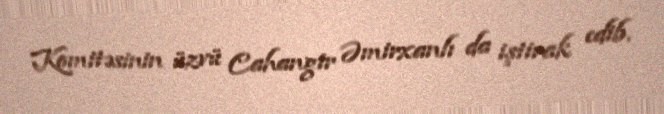
Komitəsinin üzvü Cahangir Əmirxanlı da iştirak edib.